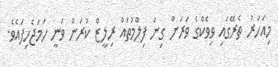
މިއަހަރު ތެރޭގައި ވިވެކްގެ ވަރަށް ގިނަ ފިލްމުތައް ރިލީޒް ކުރަން ވަނީ ހަމަޖެހިފައެވެ.